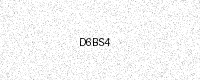
Text: D6BS4